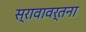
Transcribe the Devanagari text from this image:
स्रावावर्तना